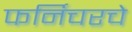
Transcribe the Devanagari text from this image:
फर्निचरचे